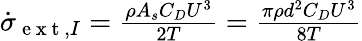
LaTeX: \begin{array}{r}{\dot{\sigma}_{\mathrm{~e~x~t~},I}=\frac{\rho A_{s}C_{D}U^{3}}{2T}=\frac{\pi\rho d^{2}C_{D}U^{3}}{8T}}\end{array}